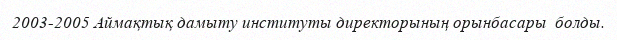
2003-2005 Аймақтық дамыту институты директорының орынбасары  болды.